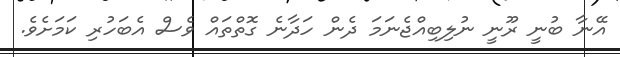
އޭނާ ބުނީ ރޫނީ ނުލިބިއްޖެނަމަ ދެން ހަދާނެ ގޮތްތައް ވެސް އެބަހުރި ކަމަށެވެ.